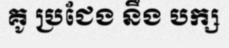
គូ ប្រជែង នឹង បក្ស